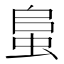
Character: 蛗